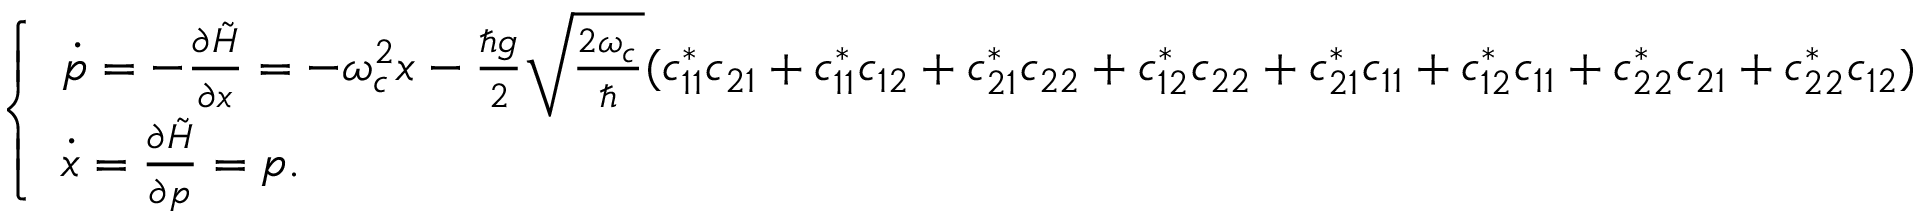
\begin{array} { r } { \left\{ \begin{array} { l l } { \dot { p } = - \frac { \partial \tilde { H } } { \partial x } = - \omega _ { c } ^ { 2 } x - \frac { \hbar g } { 2 } \sqrt { \frac { 2 \omega _ { c } } { \hbar } } ( c _ { 1 1 } ^ { * } c _ { 2 1 } + c _ { 1 1 } ^ { * } c _ { 1 2 } + c _ { 2 1 } ^ { * } c _ { 2 2 } + c _ { 1 2 } ^ { * } c _ { 2 2 } + c _ { 2 1 } ^ { * } c _ { 1 1 } + c _ { 1 2 } ^ { * } c _ { 1 1 } + c _ { 2 2 } ^ { * } c _ { 2 1 } + c _ { 2 2 } ^ { * } c _ { 1 2 } ) } \\ { \dot { x } = \frac { \partial \tilde { H } } { \partial p } = p . } \end{array} \right. } \end{array}